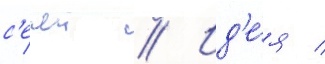
с'ечеи // Ид'е́я /